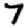
Digit: 7